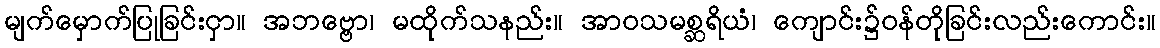
မျက်မှောက်ပြုခြင်းငှာ။ အဘဗ္ဗော၊ မထိုက်သနည်း။ အာဝသမစ္ဆရိယံ၊ ကျောင်း၌ဝန်တိုခြင်းလည်းကောင်း။